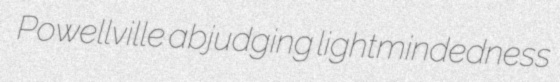
Powellville abjudging lightmindedness